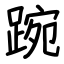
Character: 踠